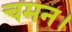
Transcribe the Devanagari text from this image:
चमन।